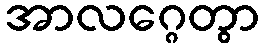
အာလဂ္ဂေတွာ